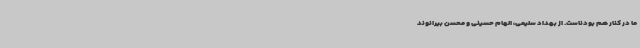
ما در کنار هم بودناست. از بهداد سلیمی، الهام حسینی و محسن بیرانوند